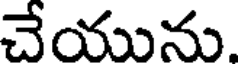
చేయును.